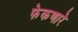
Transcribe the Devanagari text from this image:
फेकणारे